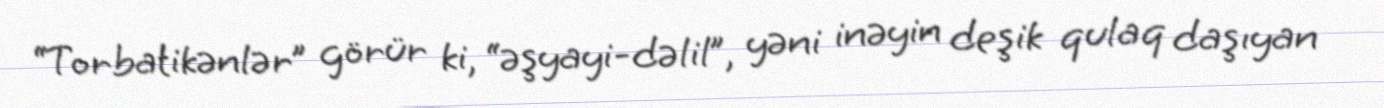
“Torbatikənlər” görür ki, “əşyayi-dəlil”, yəni inəyin deşik qulaq daşıyan